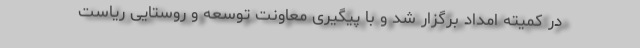
در کمیته امداد برگزار شد و با پیگیری معاونت توسعه و روستایی ریاست